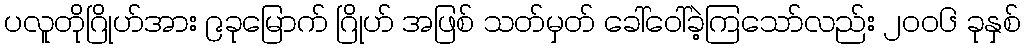
ပလူတိုဂြိုဟ်အား ၉ခုမြောက် ဂြိုဟ် အဖြစ် သတ်မှတ် ခေါ်ဝေါ်ခဲ့ကြသော်လည်း ၂၀၀၆ ခုနှစ်